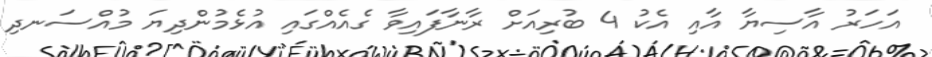
އަހަރު އާސިޔާ އާއި އެކު 4 ބުރިއަށް ރާނާފައިވާ ގެއެއްގައި އުޅެމުންދިޔަ މުއްސަނދި